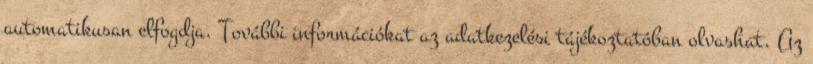
automatikusan elfogdja. További információkat az adatkezelési tájékoztatóban olvashat. Az